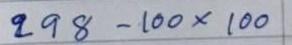
298 - 100 x 100